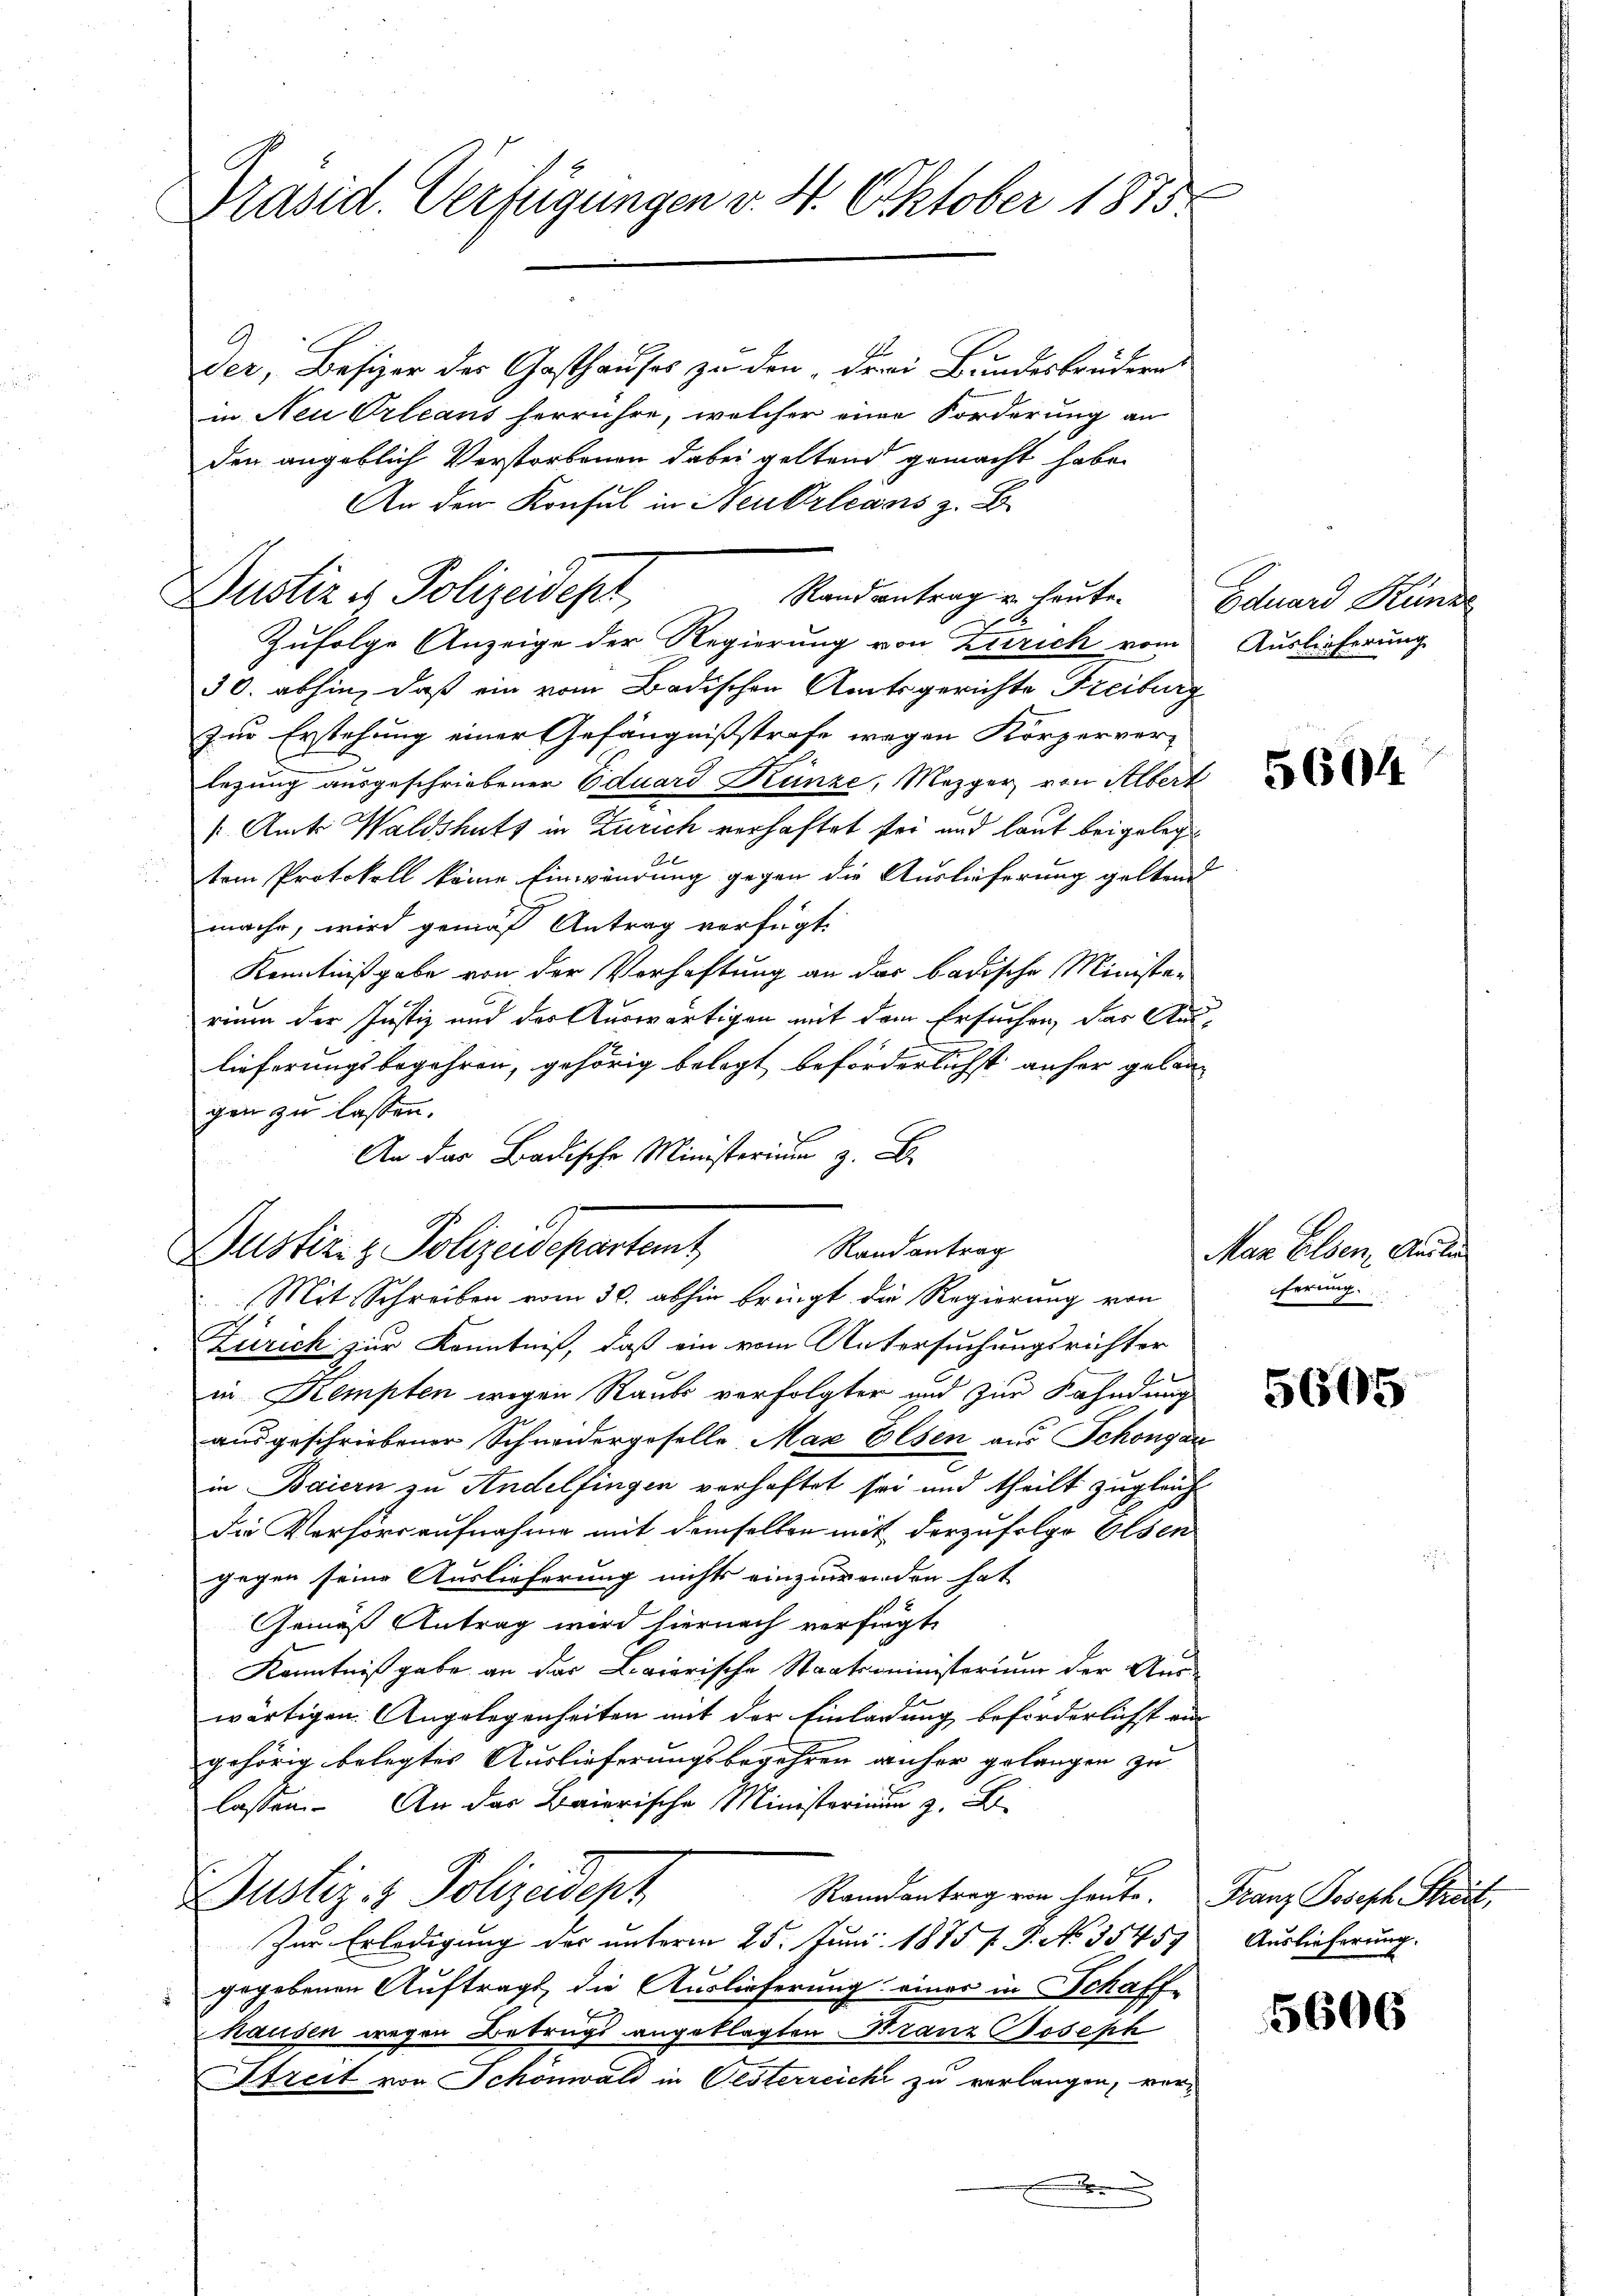
Präsid. Verfügungen v. 4. Oktober 1875

Der, Besizer des Gasthauses zu den drei Bundesbrüdern
in Neu Orleans herrühre, welcher eine Forderung an
den angeblich Verstorbenen dabei geltend gemacht habe.
An den Konsul in Neuerlegers z. B.
Zufolge Anzeige der Regierung von Zürich vom
30. abhin, daß ein vom Badischen Amtsgerichte Freiburg
zur Erstehung einer Gefängnißstrafe wegen Körperver-
legung ausgeschriebener Eduard Künze, Mezger von Albert
k. Amts Waldshutz in Zürich verhaftet sei und laut beigelegtem Protokoll keine Einwendung gegen die Auslieferung geltend
mache, wird gemäß Antrag verfügt:
Kenntnißgabe von der Vorhaftung an das badische Minister
rium der Justiz und der Auswärtigen mit dem Ersuchen, das Aus-
lieferungsbegehren, gehörig belegt beförderlichst anher gelangen zu lassen.
An das Badische Ministerium z. B.
Zürich zur Kenntniß, daß ein vom Untersuchungsrichter
in Kempten wegen Raub verfolgter und zur Fahndung
ausgeschriebener Schneidergeselle Max Elsen aus Schöngau
in Baiern zu Andelfingen verhaftet sei und theilt zugleich
Die Versoraufnahme mit demselben mit derzufolge Elsen
gegen seine Auslieferung nichts einzuwenden hat
Gemäß Antrag wird hiernach verfügt:
Kenntniß gabe an der Laierische Staatsministerium der Aus-
wärtigen Angelegenheiten mit der Einladung beförderlichst an
gehörig belegtes Auslieferungsbegehren anher gelangen zu
lassen. An das Baierische Ministerium z. B.
ustiz- & Polizeidept
Randantrag von heute. Franz Joseph Streit,
Zur Erledigung des unterm 25. Juni 1875 f. P. No. 35457
gegebenen Auftrags die Auslieferung einer in Schaff-
hausen wegen Betrugs angeklagten Branz Joseph
Streit von Schönwald in Oesterreicht zu verlangen, vor¬
.

Justiz & Polizeidept,

Randantrag u. heute. Eduard Kunze

Randantrag
Dustiz & Polizeidepartem
Mit Schreiben vom 30. abhin bringt die Regierung von

Auslieferung

5604

Man Elsen, Anilin
ferung.

5605

Auslieferung.

5606